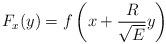
LaTeX: \begin{align*} F_x(y)=f\left(x+\frac R{\sqrt{E}}y\right)\end{align*}